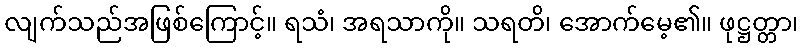
လျက်သည်အဖြစ်ကြောင့်။ ရသံ၊ အရသာကို။ သရတိ၊ အောက်မေ့၏။ ဖုဋ္ဌတ္တာ၊